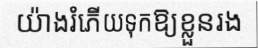
យ៉ាងរំភើយទុកឱ្យខ្លួនរង